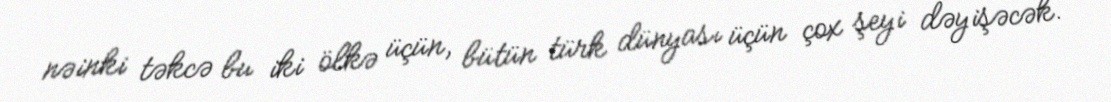
nəinki təkcə bu iki ölkə üçün, bütün türk dünyası üçün çox şeyi dəyişəcək.